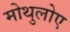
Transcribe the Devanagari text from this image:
मोथुलोए